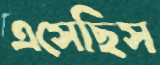
এসেছিস